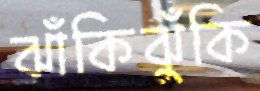
ঝাঁকিঝুঁকি